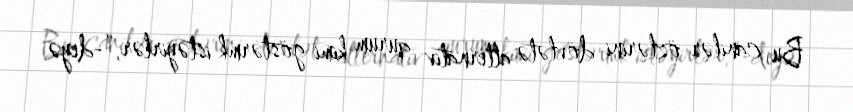
Bu canilər özlərini dövlətə alternativ qurum kimi göstərmk istəyirlər,”-deyə